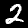
Digit: 2